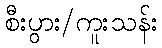
စီးပွား/ကူးသန်း